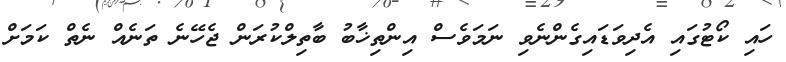
ހައި ކޯޓުގައި އެދިވަޑައިގެންނެވި ނަމަވެސް އިންތިޚާބު ބާތިލްކުރަން ޖެހޭނެ ތަނެއް ނެތް ކަމަށް